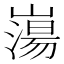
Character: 𡼍